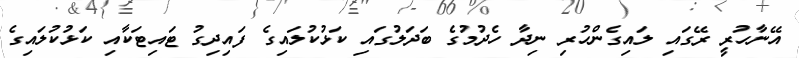
އޭނާހުރީ ރޭގައި ލައިގެންހުރި ނިދާ ހެދުމުގެ ބަދަލުގައި ކަޅުކުލައިގެ ފައިދިގު ޓައިޓަކާއި ކަޅުކުލައިގެ